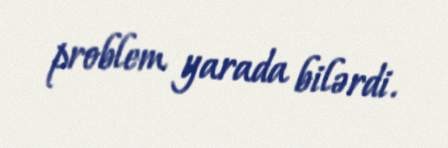
problem yarada bilərdi.